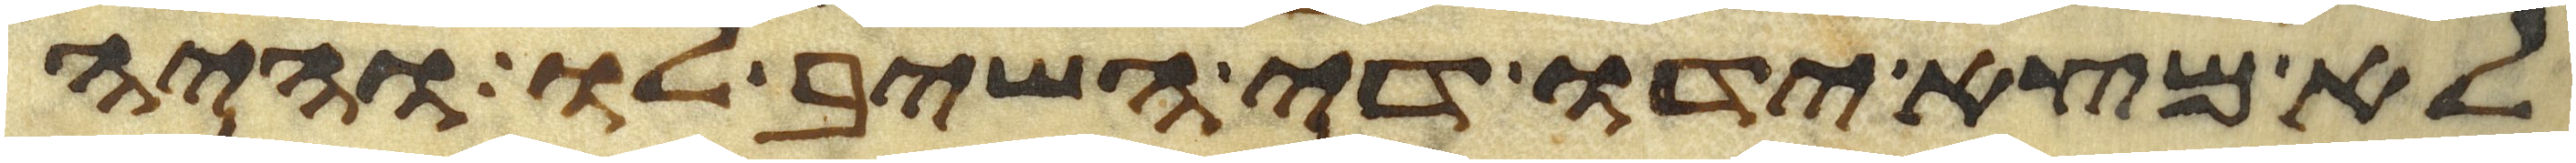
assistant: לא מצא ידו די השיב לו והיה